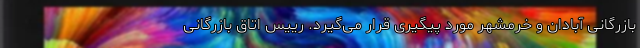
بازرگانی آبادان و خرمشهر مورد پیگیری قرار می‌گیرد. رییس اتاق بازرگانی